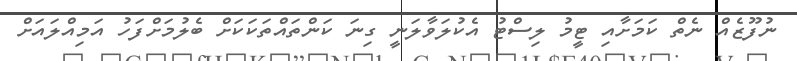
ނުފޫޒެއް ނެތް ކަމަށާއި ޓީމު ލިސްޓު އެކުލަވާލަނީ ގިނަ ކަންތައްތަކަކަށް ބެލުމަށްފަހު އަމިއްލައަށް